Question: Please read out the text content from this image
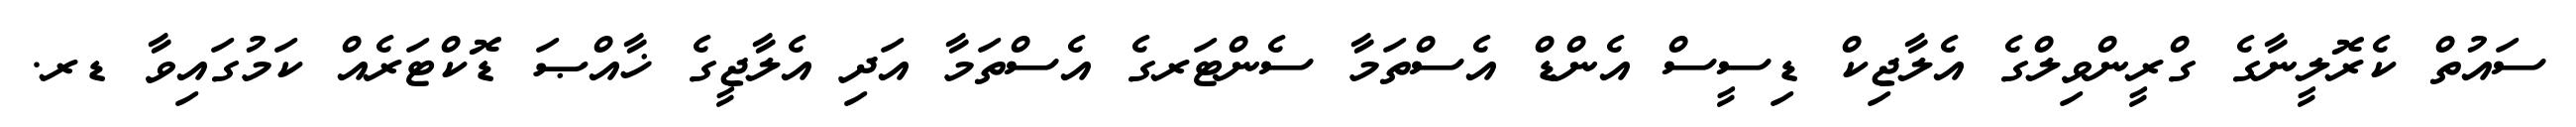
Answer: ސައުތް ކެރޮލީނާގެ ގްރީންވިލްގެ އެލާޖިކް ޑިސީސް އެންޑް އެސްތަމާ ސެންޓަރގެ އެސްތަމާ އަދި އެލާޖީގެ ޚާއްޞަ ޑޮކްޓަރެއް ކަމުގައިވާ ޑރ.